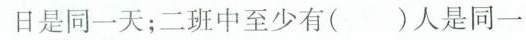
日是同一天；二班中至少有( )人是同一